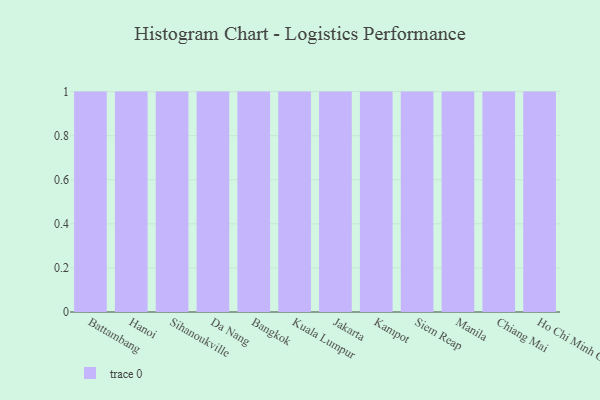
{"axis": {"x": "City", "y": "Inventory Turnover"}, "legend": [""], "data": [{"x": "Battambang", "y": 89, "type": ""}, {"x": "Hanoi", "y": 79, "type": ""}, {"x": "Sihanoukville", "y": 9, "type": ""}, {"x": "Da Nang", "y": 61, "type": ""}, {"x": "Bangkok", "y": 53, "type": ""}, {"x": "Kuala Lumpur", "y": 70, "type": ""}, {"x": "Jakarta", "y": 6, "type": ""}, {"x": "Kampot", "y": 80, "type": ""}, {"x": "Siem Reap", "y": 63, "type": ""}, {"x": "Manila", "y": 97, "type": ""}, {"x": "Chiang Mai", "y": 96, "type": ""}, {"x": "Ho Chi Minh City", "y": 29, "type": ""}]}